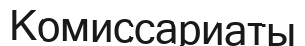
Комиссариаты